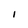
Character: I